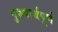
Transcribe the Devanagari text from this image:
पुरुषार्थपूर्ण